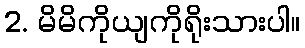
2. မိမိကိုယျကိုရိုးသားပါ။